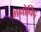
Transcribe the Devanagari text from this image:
मनोविद्